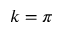
k = \pi